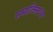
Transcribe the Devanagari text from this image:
समाजिस्टांचा